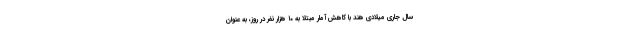
سال جاری میلادی هند با کاهش آمار مبتلا به ۱۰ هزار نفر در روز، به عنوان